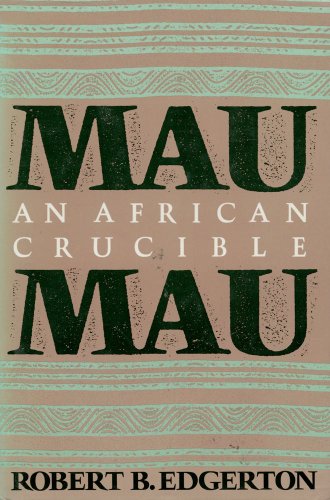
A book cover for Mau Mau: An African Crucible; Robert B. Edgerton; History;